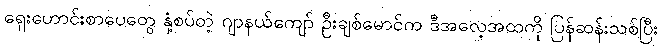
ရှေးဟောင်းစာပေတွေ နှံ့စပ်တဲ့ ဂျာနယ်ကျော် ဦးချစ်မောင်က ဒီအလေ့အထကို ပြန်ဆန်းသစ်ပြီး